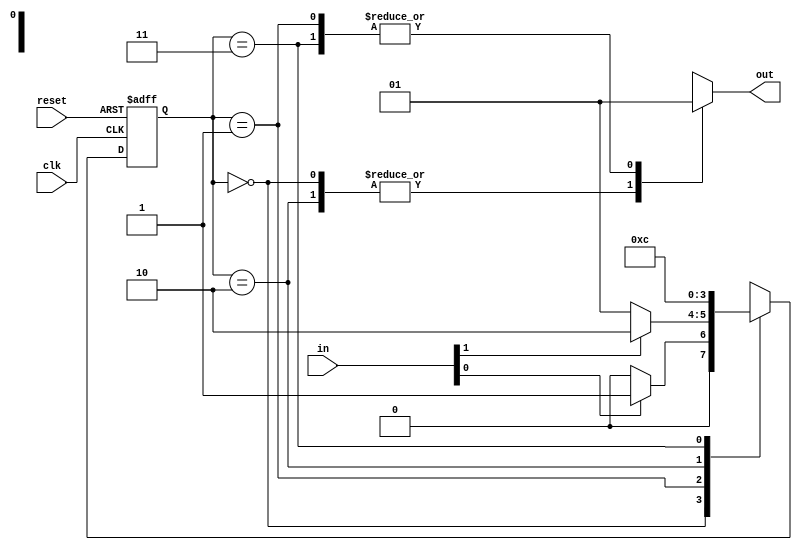
module parameterized_state_machine #(
    parameter NUM_STATES = 4,          // Total number of states
    parameter INPUT_WIDTH = 2,          // Width of the input signals
    parameter OUTPUT_WIDTH = 1           // Width of the output signals
) (
    input wire clk,                     // Clock signal
    input wire reset,                   // Reset signal
    input wire [INPUT_WIDTH-1:0] in,    // Input signals
    output reg [OUTPUT_WIDTH-1:0] out   // Output signals
);

    // Calculate the state width
    localparam STATE_WIDTH = $clog2(NUM_STATES);

    // State register
    reg [STATE_WIDTH-1:0] current_state, next_state;

    // State Encoding (example)
    localparam S0 = 2'b00;
    localparam S1 = 2'b01;
    localparam S2 = 2'b10;
    localparam S3 = 2'b11;

    // State Transition Logic
    always @(*) begin
        case (current_state)
            S0: begin
                if (in[0]) next_state = S1; // Transition condition
                else next_state = S0;
            end
            S1: begin
                if (in[1]) next_state = S2; // Transition condition
                else next_state = S1;
            end
            S2: begin
                next_state = S3; // Example transition
            end
            S3: begin
                next_state = S0; // Example transition back to S0
            end
            default: next_state = S0; // Default case
        endcase
    end

    // State Register Update
    always @(posedge clk or posedge reset) begin
        if (reset) begin
            current_state <= S0; // Reset to initial state
        end else begin
            current_state <= next_state; // Update state
        end
    end

    // Output Logic
    always @(*) begin
        case (current_state)
            S0: out = 1'b0; // Output for state S0
            S1: out = 1'b1; // Output for state S1
            S2: out = 1'b0; // Output for state S2
            S3: out = 1'b1; // Output for state S3
            default: out = 1'b0; // Default output
        endcase
    end

endmodule